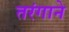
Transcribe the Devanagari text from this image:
तरंगाने